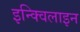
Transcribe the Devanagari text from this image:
इन्क्विलाइन